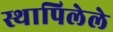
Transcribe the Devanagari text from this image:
स्थापिलेले